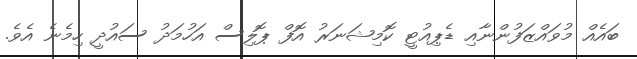
ބައެއް މުވައްޒަފުންނާއި ޑެޕިއުޓީ ކޮމިޝަނަރު އޮފް ޕޮލިސް އަހުމަދު ސައުދީ ހިމެނެ އެވެ.